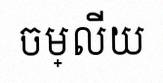
ចម្លើយ